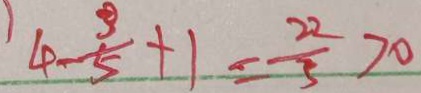
4 - \frac { 3 } { 5 } + 1 = \frac { 2 2 } { 3 } > 0